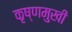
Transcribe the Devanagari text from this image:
कृष्णमुखी